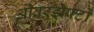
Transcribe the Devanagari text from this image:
ओवरड्राफ्टों